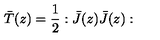
\bar { T } ( z ) = \frac { 1 } { 2 } : \bar { J } ( z ) \bar { J } ( z ) :